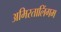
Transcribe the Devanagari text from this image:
अमिरतालिंगम